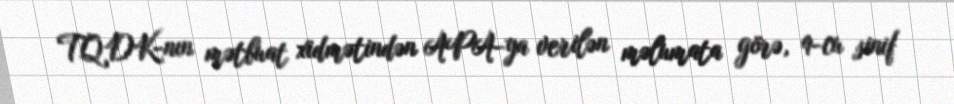
TQDK-nın mətbuat xidmətindən APA-ya verilən məlumata görə, 9-cu sinif